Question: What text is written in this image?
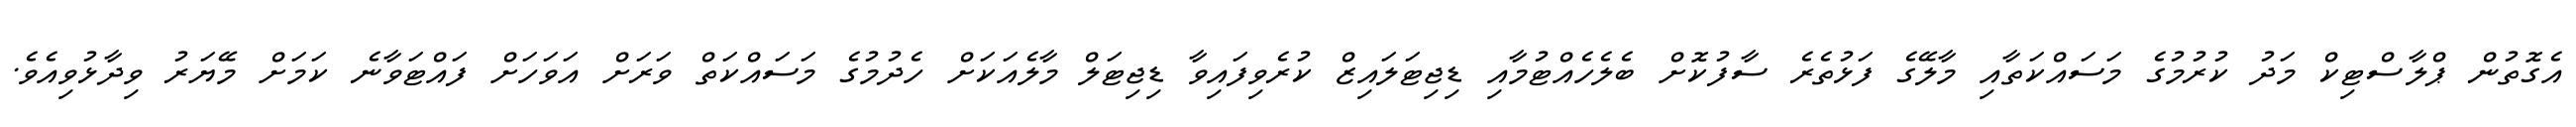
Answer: އެގޮތުން ޕްލާސްޓިކް މަދު ކުރުމުގެ މަސައްކަތާއި މާލޭގެ ފަޅުތެރެ ސާފުކޮށް ބެލެހެއްޓުމާއި ޑިޖިޓަލައިޒް ކުރެވިފައިވާ ޑިޖިޓަލް މާލެއަކަށް ހެދުމުގެ މަސައްކަތް ވަރަށް އަވަހަށް ފައްޓަވާނެ ކަމަށް މޭޔަރު ވިދާޅުވިއެވެ.